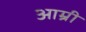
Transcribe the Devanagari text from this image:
आम्री